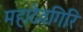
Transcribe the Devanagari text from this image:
महादेवगिरि